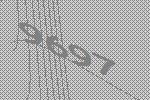
9697